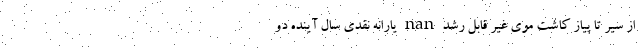
از سیر تا پیاز کاشت موی‌ غیر قابل رشد nan یارانه نقدی سال آینده دو